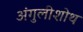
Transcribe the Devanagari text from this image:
अंगुलीशोथ